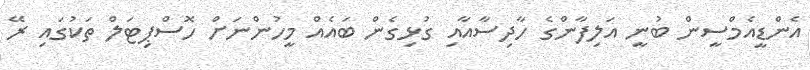
އެންޑީއެމްސީން ބުނީ އަލިފާންގެ ހާދިސާއާއި ގުޅިގެން ބައެއް މީހުންނަށް ހޮސްޕިޓަލް ތަކުގައި ރޭ